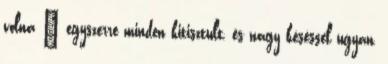
volna – egy­szerre minden ki­tisz­­tult, és nagy késés­sel ugyan,